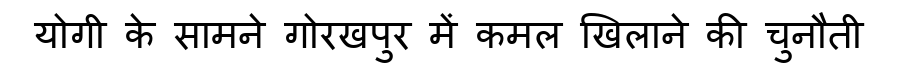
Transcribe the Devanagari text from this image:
योगी के सामने गोरखपुर में कमल खिलाने की चुनौती